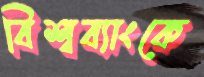
বিশ্বব্যাংকে